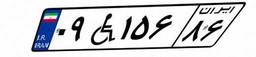
۰۹W۱۵۶۸۶